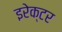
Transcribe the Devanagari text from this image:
इरेक्टर